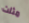
مثلت